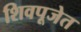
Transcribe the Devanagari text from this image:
शिवपूजेत